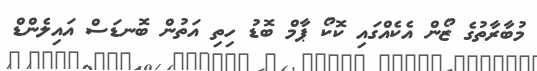
މުބާރާތުގެ ޒޯން އެކެއްގައި ކޮކޯ ޕާމް ބޮޑު ހިތި އަތުން ބޮނޑަސް އައިލެންޑް